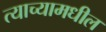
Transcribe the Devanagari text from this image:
त्याच्यामधील